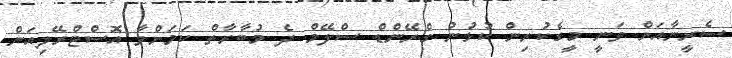
ސެރީނާއަށް ވަނީ މީގެކުރިން ކުޅުނު ގްރޭންޑް ސްލޭމް ދެ މުބާރާތް ކަމަށްވާ އޮސްޓްރޭލިއަން